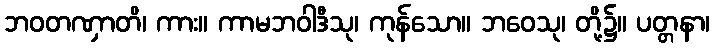
ဘဝတဏှာတိ၊ ကား။ ကာမဘဝါဒီသု၊ ကုန်သော။ ဘဝေသု၊ တို့၌။ ပတ္တနာ၊